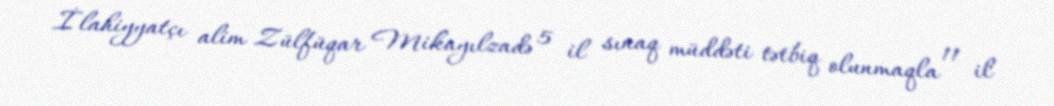
İlahiyyatçı alim Zülfüqar Mikayılzadə 5 il sınaq müddəti tətbiq olunmaqla 11 il